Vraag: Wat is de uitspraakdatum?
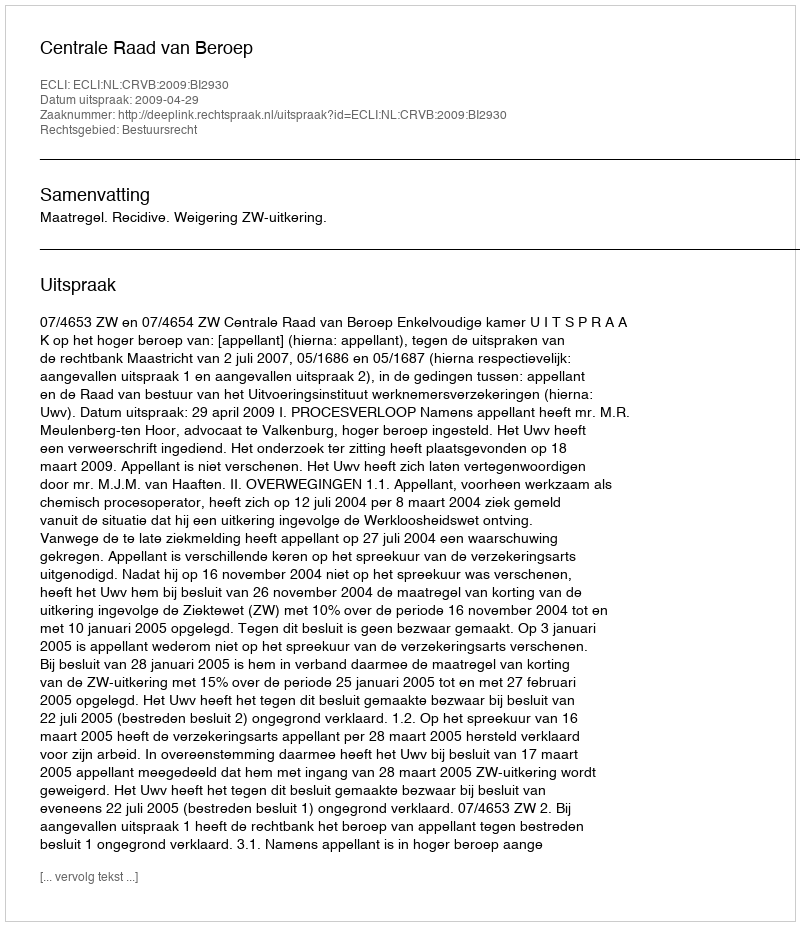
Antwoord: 2009-04-29